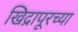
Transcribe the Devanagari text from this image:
खिद्रापूरच्या